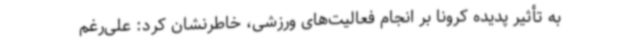
به تأثیر پدیده کرونا بر انجام فعالیت‌های ورزشی، خاطرنشان کرد: علی‌رغم